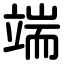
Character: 端